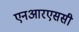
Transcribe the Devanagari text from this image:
एनआरएससी